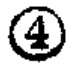
\textcircled{4}